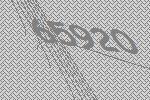
65920